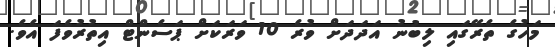
މަހުގެ ތެރޭގައި ލިބުނު އަދަދަށް ވުރެ 10 ވަރަކަަށް ޕަސެންޓް އިތުރުވެފަ އެވެ.